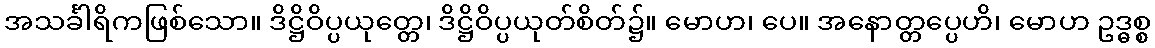
အသင်္ခါရိကဖြစ်သော။ ဒိဋ္ဌိဝိပ္ပယုတ္တေ၊ ဒိဋ္ဌိဝိပ္ပယုတ်စိတ်၌။ မောဟ၊ ပေ။ အနောတ္တပ္ပေဟိ၊ မောဟ ဥဒ္ဓစ္စ